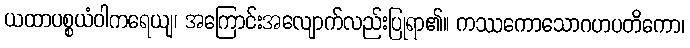
ယထာပစ္စယံဝါကရေယျ၊ အကြောင်းအလျောက်လည်းပြုရာ၏။ ကဿကောသောဂဟပတိကော၊